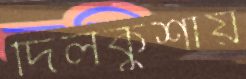
দিলকুশায়